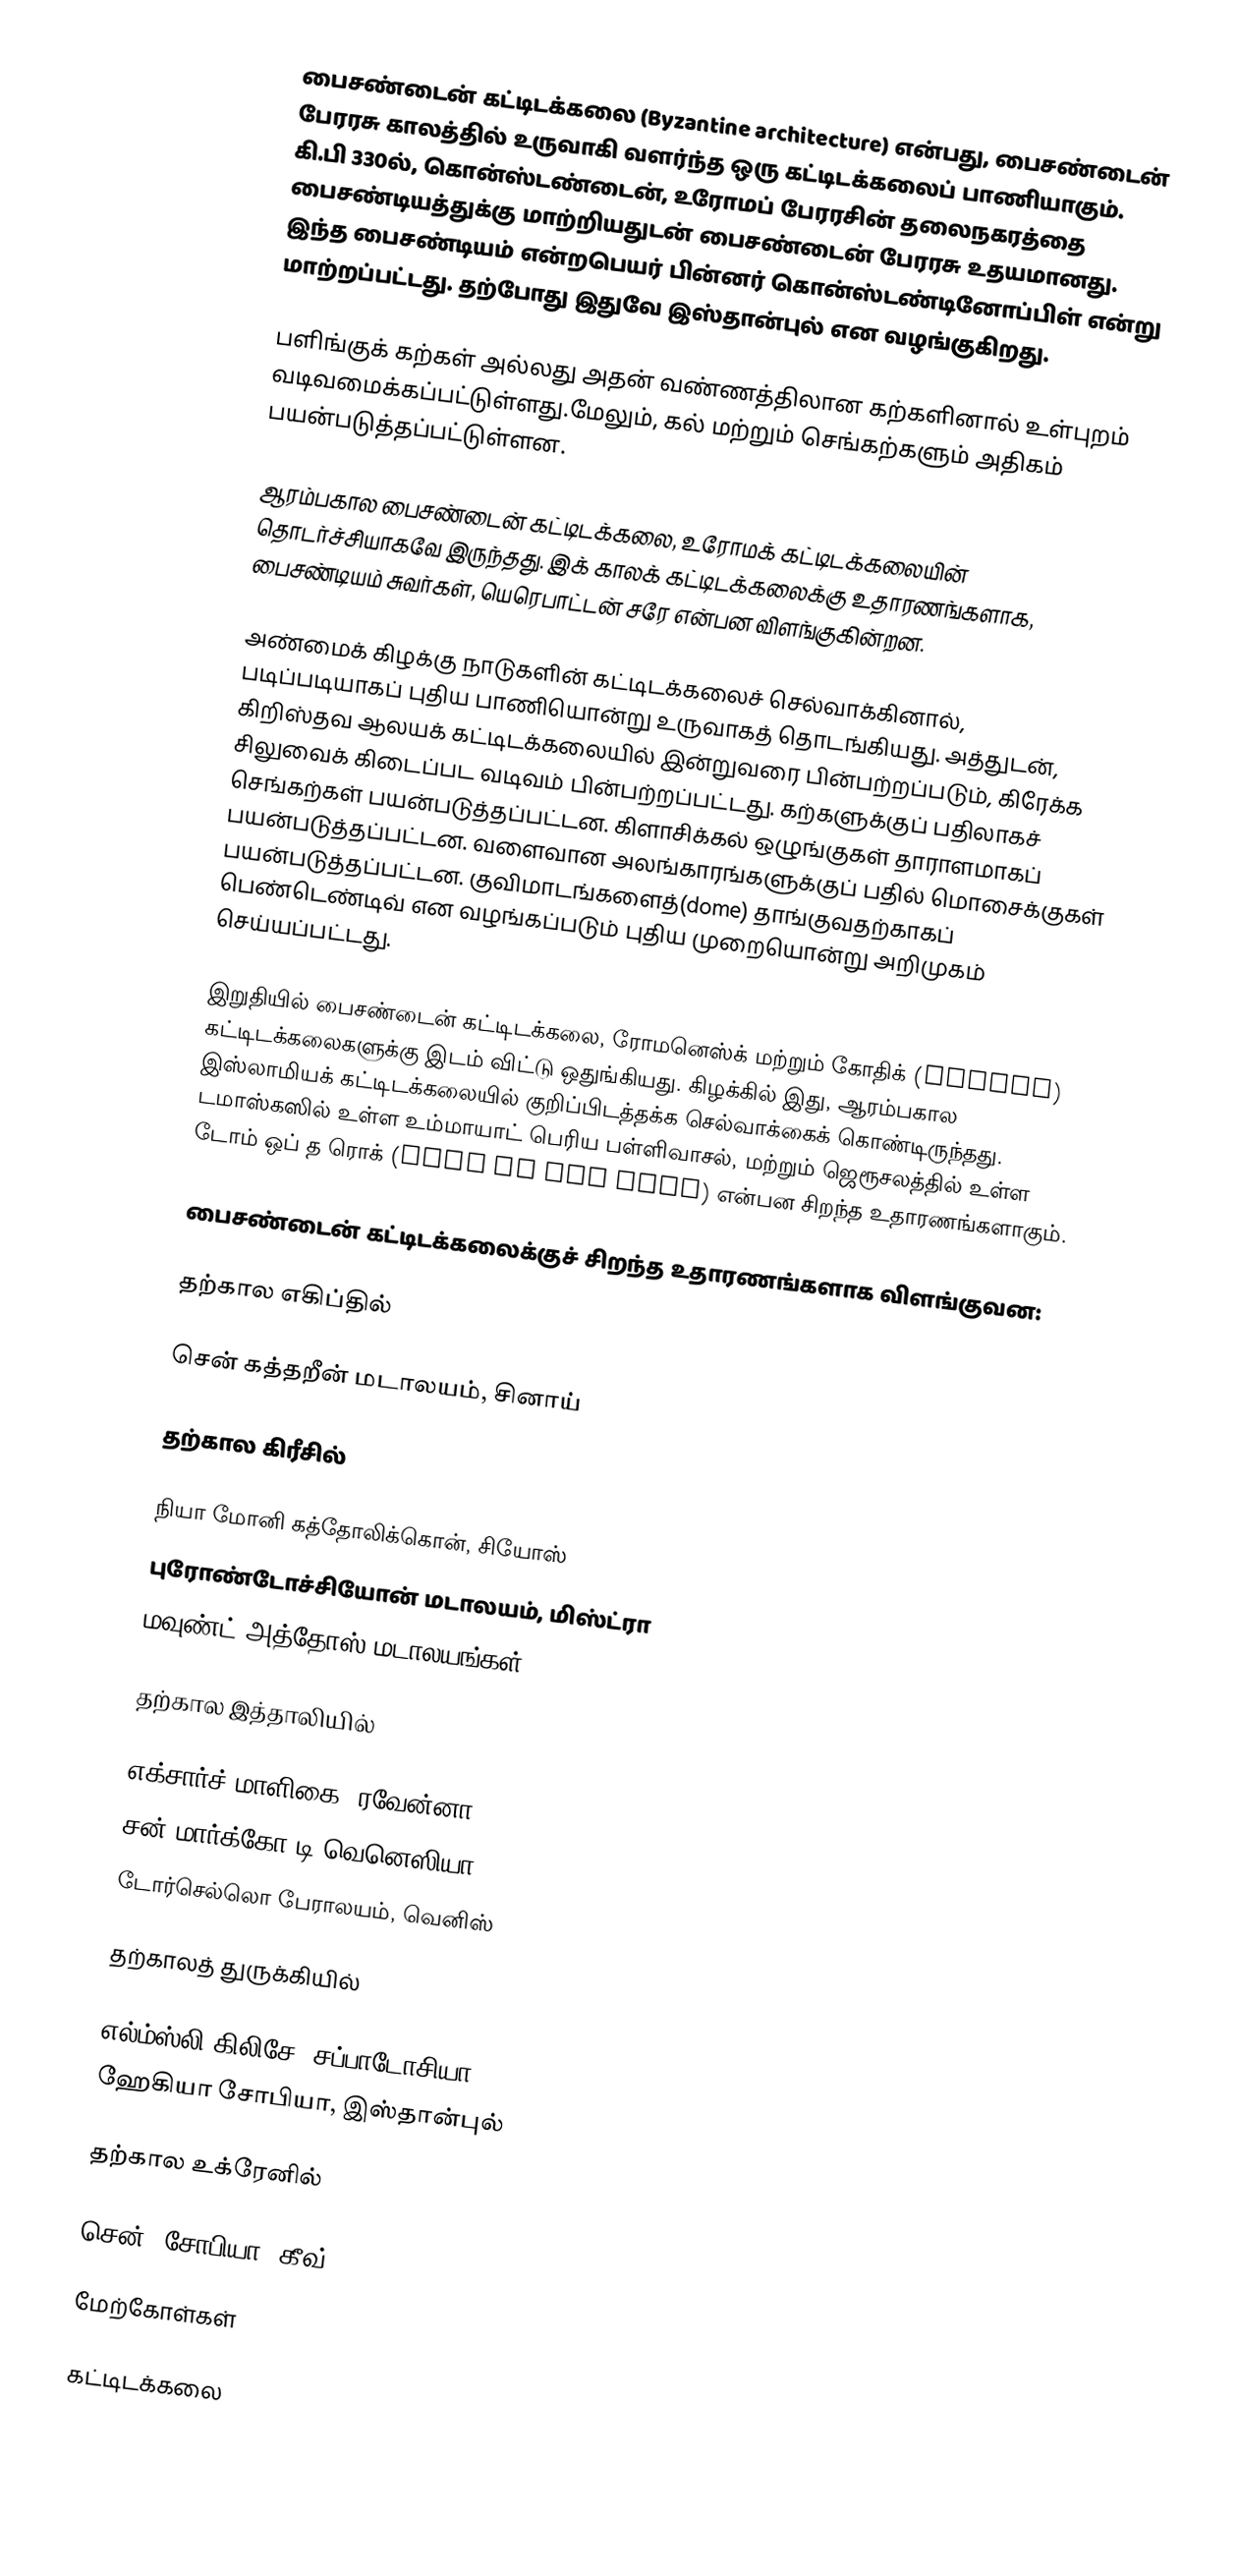
பைசண்டைன் கட்டிடக்கலை (Byzantine architecture) என்பது, பைசண்டைன் பேரரசு காலத்தில் உருவாகி வளர்ந்த ஒரு கட்டிடக்கலைப் பாணியாகும். கி.பி 330ல், கொன்ஸ்டண்டைன், உரோமப் பேரரசின் தலைநகரத்தை பைசண்டியத்துக்கு மாற்றியதுடன் பைசண்டைன் பேரரசு உதயமானது. இந்த பைசண்டியம் என்றபெயர் பின்னர் கொன்ஸ்டண்டினோப்பிள் என்று மாற்றப்பட்டது. தற்போது இதுவே இஸ்தான்புல் என வழங்குகிறது.

பளிங்குக் கற்கள் அல்லது அதன் வண்ணத்திலான கற்களினால் உள்புறம் வடிவமைக்கப்பட்டுள்ளது.மேலும், கல் மற்றும் செங்கற்களும் அதிகம் பயன்படுத்தப்பட்டுள்ளன.

ஆரம்பகால பைசண்டைன் கட்டிடக்கலை, உரோமக் கட்டிடக்கலையின் தொடர்ச்சியாகவே இருந்தது. இக் காலக் கட்டிடக்கலைக்கு உதாரணங்களாக, பைசண்டியம் சுவர்கள், யெரெபாட்டன் சரே என்பன விளங்குகின்றன.

அண்மைக் கிழக்கு நாடுகளின் கட்டிடக்கலைச் செல்வாக்கினால், படிப்படியாகப் புதிய பாணியொன்று உருவாகத் தொடங்கியது. அத்துடன், கிறிஸ்தவ ஆலயக் கட்டிடக்கலையில் இன்றுவரை பின்பற்றப்படும், கிரேக்க சிலுவைக் கிடைப்பட வடிவம் பின்பற்றப்பட்டது. கற்களுக்குப் பதிலாகச் செங்கற்கள் பயன்படுத்தப்பட்டன. கிளாசிக்கல் ஒழுங்குகள் தாராளமாகப் பயன்படுத்தப்பட்டன. வளைவான அலங்காரங்களுக்குப் பதில் மொசைக்குகள் பயன்படுத்தப்பட்டன. குவிமாடங்களைத்(dome) தாங்குவதற்காகப் பெண்டெண்டிவ் என வழங்கப்படும் புதிய முறையொன்று அறிமுகம் செய்யப்பட்டது.

இறுதியில் பைசண்டைன் கட்டிடக்கலை, ரோமனெஸ்க் மற்றும் கோதிக் (Gothic) கட்டிடக்கலைகளுக்கு இடம் விட்டு ஒதுங்கியது. கிழக்கில் இது, ஆரம்பகால இஸ்லாமியக் கட்டிடக்கலையில் குறிப்பிடத்தக்க செல்வாக்கைக் கொண்டிருந்தது. டமாஸ்கஸில் உள்ள உம்மாயாட் பெரிய பள்ளிவாசல், மற்றும் ஜெரூசலத்தில் உள்ள டோம் ஒப் த ரொக் (Dome of the Rock) என்பன சிறந்த உதாரணங்களாகும்.

பைசண்டைன் கட்டிடக்கலைக்குச் சிறந்த உதாரணங்களாக விளங்குவன:

தற்கால எகிப்தில்

 சென் கத்தறீன் மடாலயம், சினாய்

தற்கால கிரீசில்

 நியா மோனி கத்தோலிக்கொன், சியோஸ்
 புரோண்டோச்சியோன் மடாலயம், மிஸ்ட்ரா
 மவுண்ட் அத்தோஸ் மடாலயங்கள்

தற்கால இத்தாலியில்

 எக்சார்ச் மாளிகை, ரவேன்னா
 சன் மார்க்கோ டி வெனெஸியா
 டோர்செல்லொ பேராலயம், வெனிஸ்

தற்காலத் துருக்கியில்

 எல்ம்ஸ்லி கிலிசே, சப்பாடோசியா
 ஹேகியா சோபியா, இஸ்தான்புல்

தற்கால உக்ரேனில்

 சென். சோபியா, கீவ்

மேற்கோள்கள்

கட்டிடக்கலை